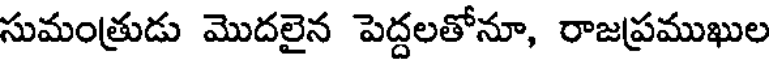
సుమంత్రుడు మొదలైన పెద్దలతోనూ, రాజప్రముఖుల